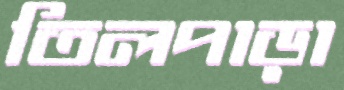
তিলপাড়া